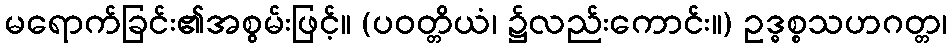
မရောက်ခြင်း၏အစွမ်းဖြင့်။ (ပဝတ္တိယံ၊ ၌လည်းကောင်း။) ဥဒ္ဓစ္စသဟဂတ္တ၊